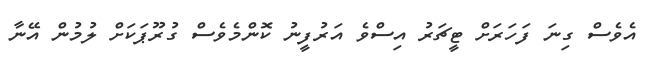
އެވެސް ގިނަ ފަހަރަށް ޓީޗަރު އިސްވެ އަރުފީނު ކޮންމެވެސް ގުރޫޕަކަށް ލުމުން އޭނާ